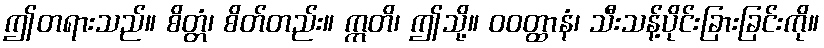
ဤတရားသည်။ စိတ္တံ၊ စိတ်တည်း။ ဣတိ၊ ဤသို့။ ဝဝတ္ထာနံ၊ သီးသန့်ပိုင်းခြားခြင်းကို။